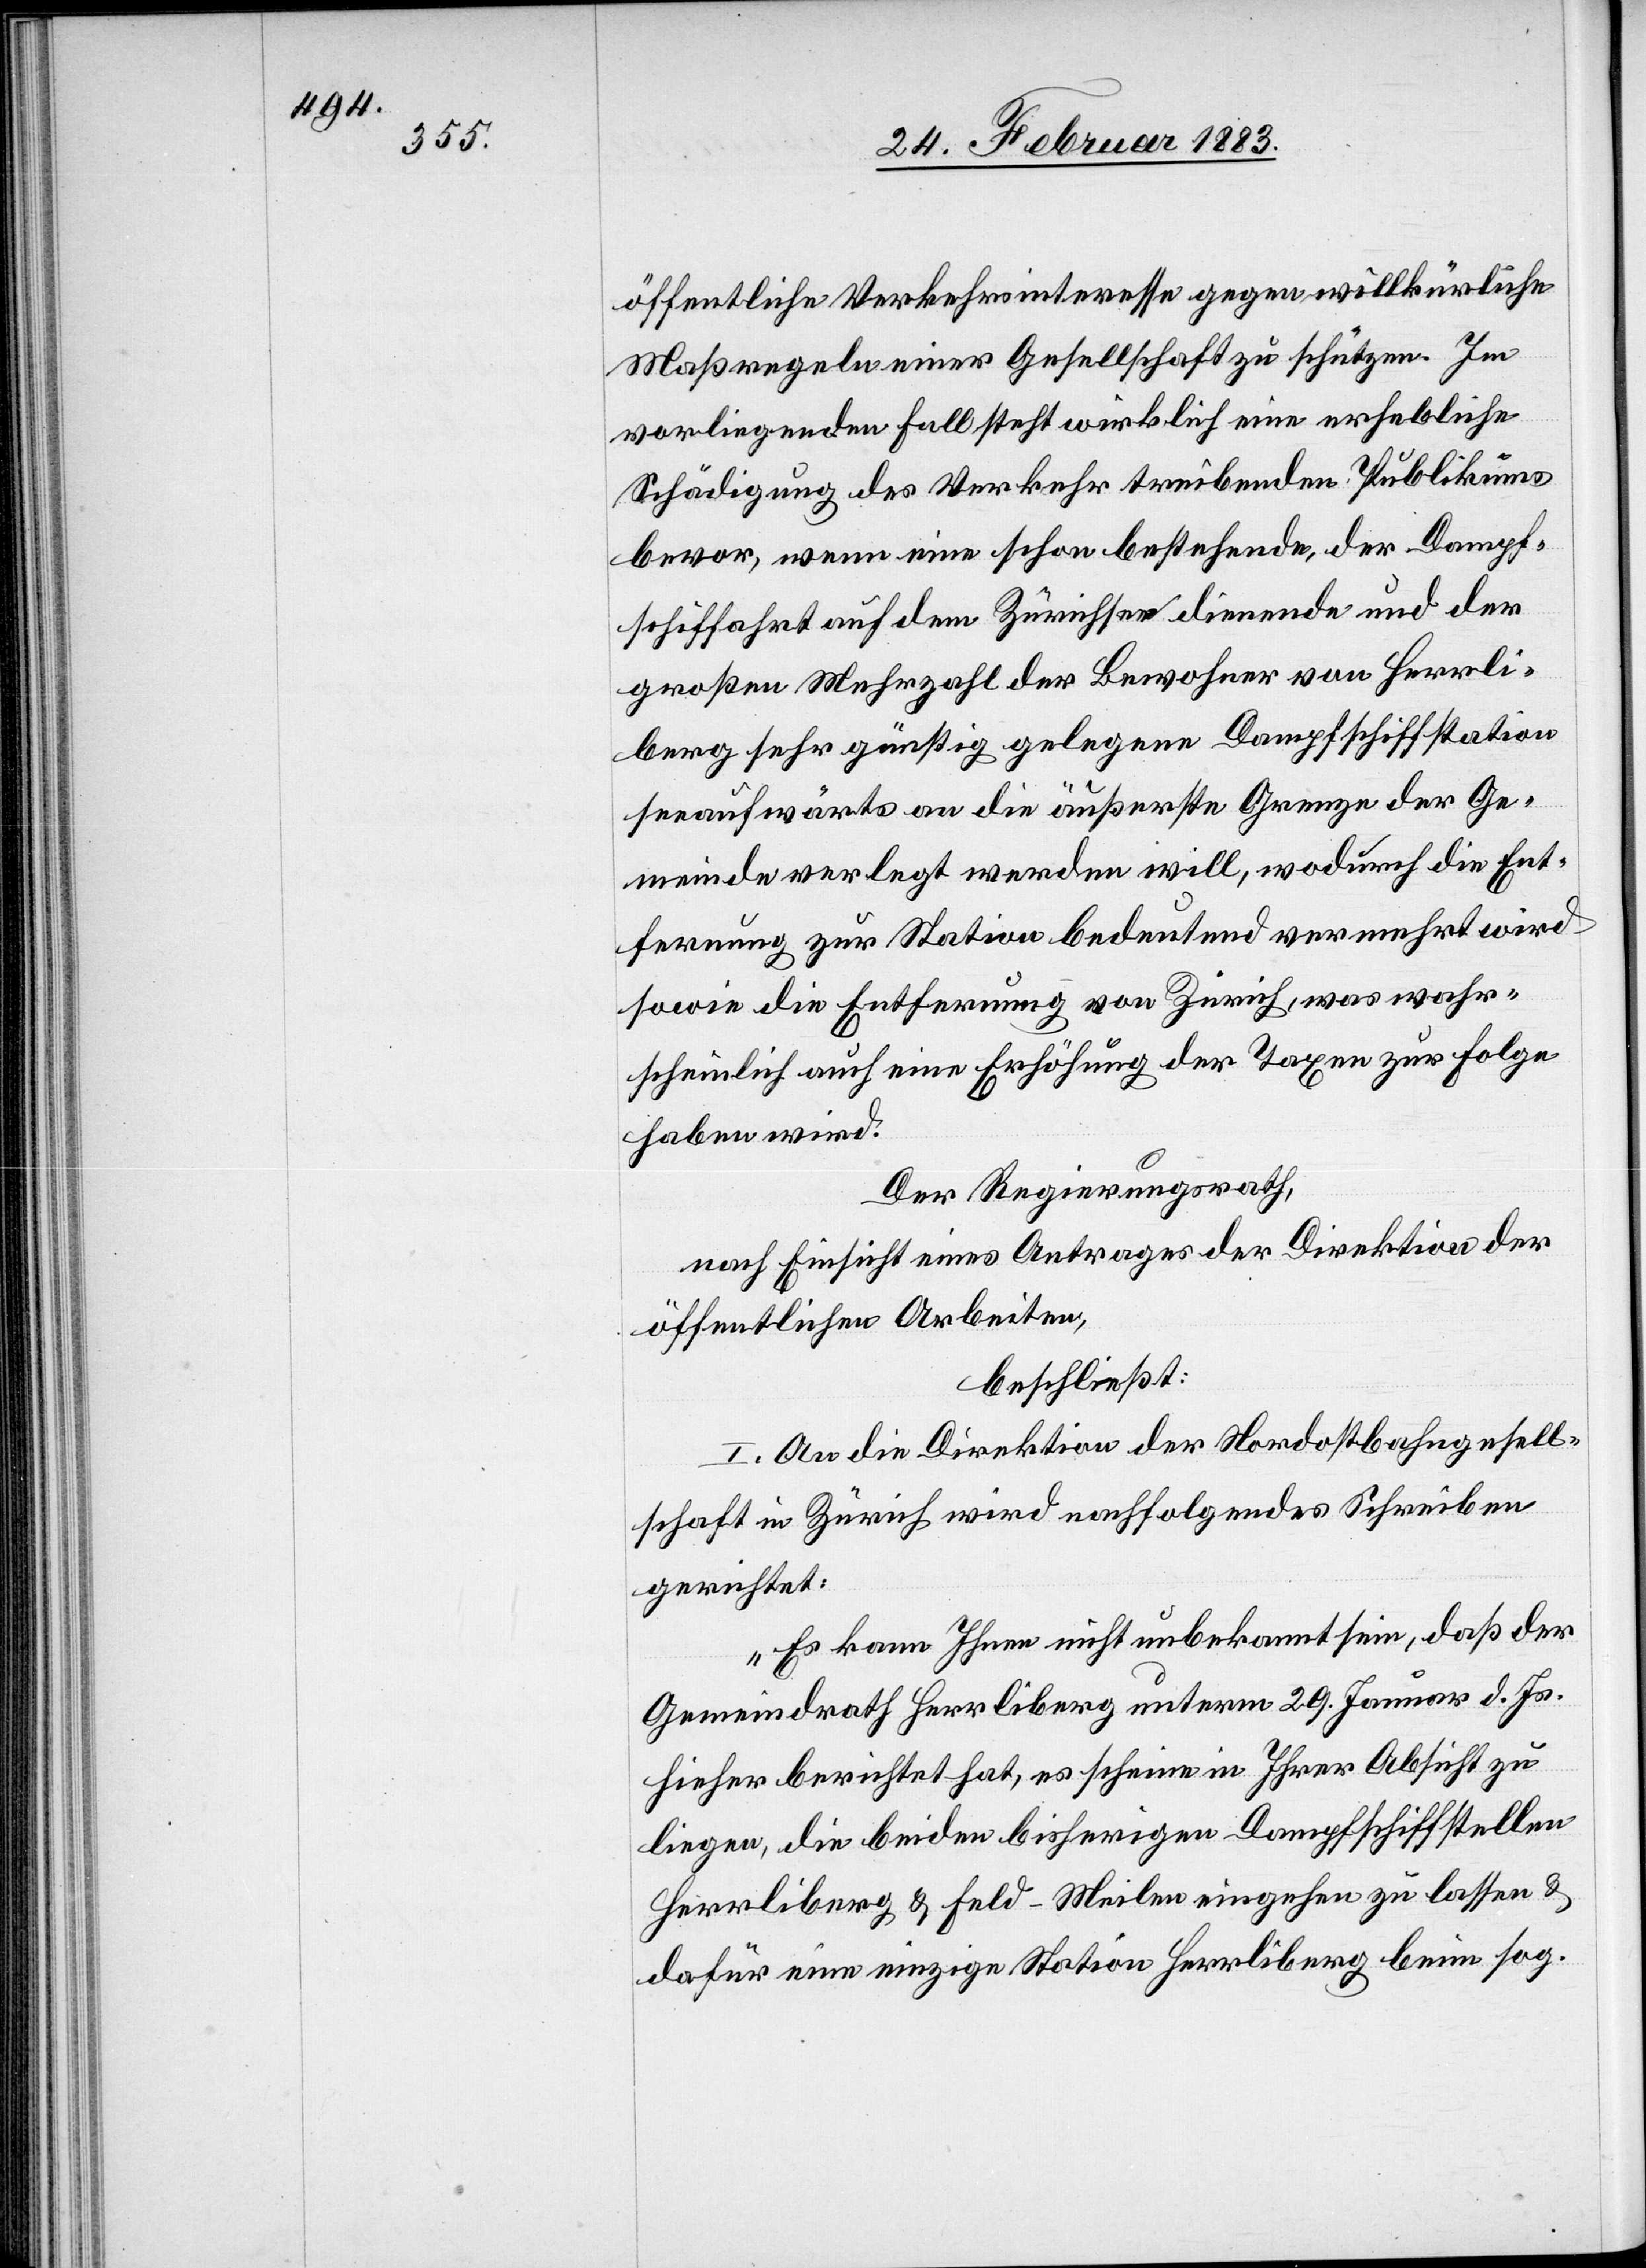
öffentliche Verkehrsinteresse gegen willkürliche
Maßregeln einer Gesellschaft zu schützen. Im
vorliegenden Fall steht wirklich eine erhebliche
Schädigung des Verkehr treibenden Publikums
bevor, wenn eine schon bestehende, der Dampf¬
schiffahrt auf dem Zürichsee dienende und der
großen Mehrzahl der Bewohner von Herrli¬
berg sehr günstig gelegene Dampfschiffstation
seeaufwärts an die äußerste Grenze der Ge¬
meinde verlegt werden will, wodurch die Ent¬
fernung der Station bedeutend vermehrt wird
sowie die Entfernung von Zürich, was wahr¬
scheinlich auch eine Erhöhung der Taxen zur Folge
haben wird.
Der Regierungsrath,
nach Einsicht eines Antrages der Direktion der
öffentlichen Arbeiten,
beschließt:
I. An die Direktion der Nordostbahngesell¬
schaft in Zürich wird nachfolgendes Schreiben
gerichtet:
„Es kann Ihnen nicht unbekannt sein, daß der
Gemeindrath Herrliberg unterm 29. Januar d. Js.
hieher berichtet hat, es scheine in Ihrer Absicht zu
liegen, die beiden bisherigen Dampfschiffstationen
Herrliberg & Feld-Meilen eingehen zu lassen &
dafür eine einzige Station Herrliberg beim sog.